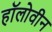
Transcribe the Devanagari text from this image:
हॉलोवीन